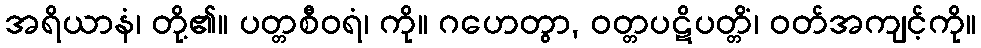
အရိယာနံ၊ တို့၏။ ပတ္တစီဝရံ၊ ကို။ ဂဟေတွာ, ဝတ္တပဋိပတ္တိံ၊ ဝတ်အကျင့်ကို။